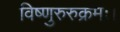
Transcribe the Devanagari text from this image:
विष्णुरुरुक्रमः।